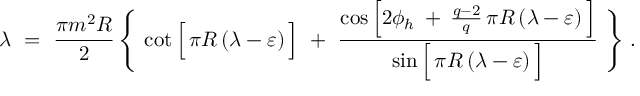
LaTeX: \lambda \ = \ \frac { \pi m ^ { 2 } R } { 2 } \, \Bigg \{ \, \cot \Big [ \, \pi R \, ( \lambda - \varepsilon ) \, \Big ] \ + \ \frac { \cos \Big [ 2 \phi _ { h } \: + \: \frac { q - 2 } { q } \, \pi R \, ( \lambda - \varepsilon ) \, \Big ] } { \sin \Big [ \, \pi R \, ( \lambda - \varepsilon ) \, \Big ] } \ \Bigg \} \; .